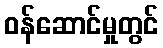
ဝန်ဆောင်မှုတွင်